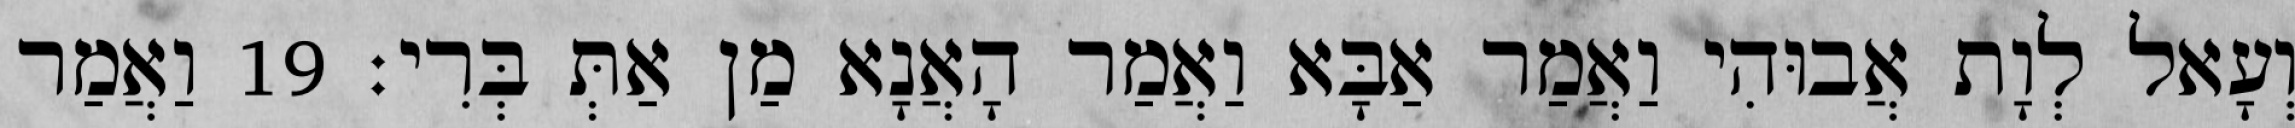
וְעָאל לְוָת אֲבוּהִי וַאֲמַר אַבָּא וַאֲמַר הָאֲנָא מַן אַתְּ בְּרִי׃ 19 וַאֲמַר